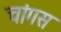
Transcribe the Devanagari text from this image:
चांगस